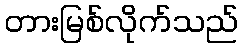
တားမြစ်လိုက်သည်